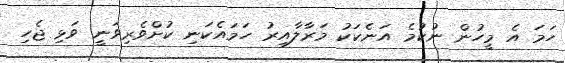
ހަމަ އެ މީހުން ނުކުމެ އަނެކަކު މަރާލާއިރު ހަމައެކަނި ކުށްވެރިވަނީ ވަޅި ޖެހި